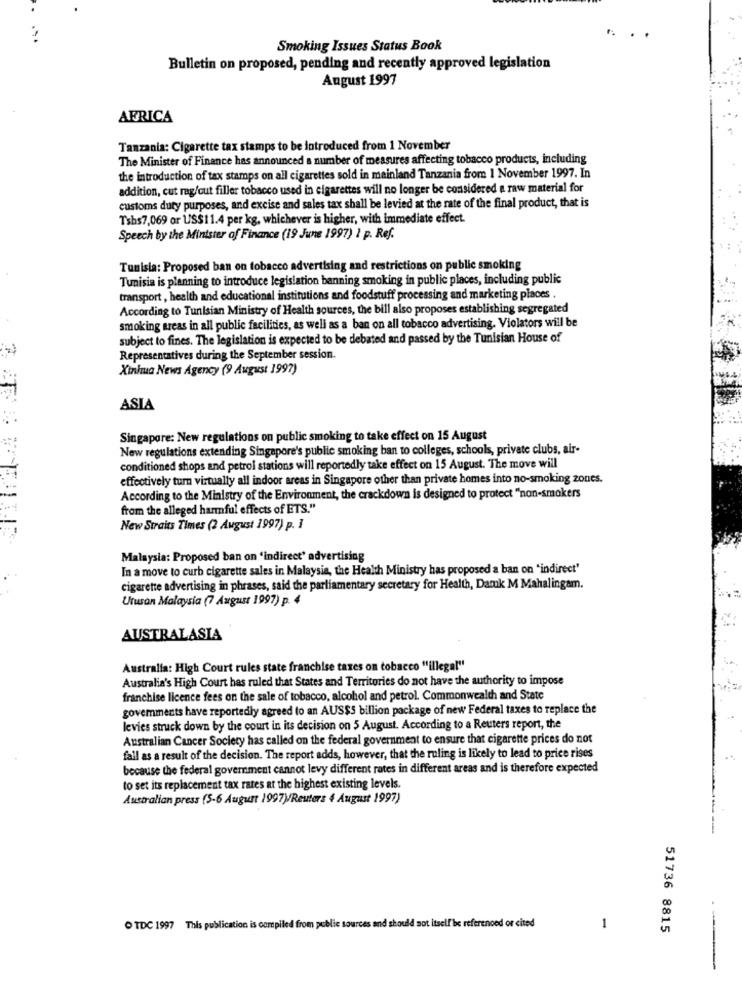
Smoking Issues Status Book
Bulletin on proposed, pending and recently approved legislation
August 1997
AFRICA
Tanzania: Cigarette tax stamps to be introduced from 1 November
The Minister of Finance has announced a number of measures affecting tobacco products, including
the introduction of tax stamps on all cigarettes sold in mainland Tanzania from 1 November 1997. In
addition, cut rag/cut filler tobacco used in cigarettes will no longer be considered a raw material for
customs duty purposes, and excise and sales tax shall be levied at the rate of the final product, that is
Tshs7,069 or US$11.4 per kg, whichever is higher, with immediate effect.
Speech by the Minister of Finance (19 June 1997) I p. Ref.
Tunisia: Proposed ban on tobacco advertising and restrictions on public smoking
Tunisia is planning to introduce legislation banning smoking in public places, including public
transport, health and educational institutions and foodstuff processing and marketing places .
According to Tunisian Ministry of Health sources, the bill also proposes establishing segregated
smoking areas in all public facilities, as well as a ban on all tobacco advertising. Violators will be
subject to fines. The legislation is expected to be debated and passed by the Tunisian House of
Representatives during the September session.
Xinhua News Agency (9 August 1997)
ASIA
Singapore: New regulations on public smoking to take effect on 15 August
New regulations extending Singapore's public smoking ban to colleges, schools, private clubs, air-
conditioned shops and petrol stations will reportedly take effect on 15 August. The move will
effectively turn virtually all indoor areas in Singapore other than private homes into no-smoking zones.
According to the Ministry of the Environment, the crackdown is designed to protect "non-smokers
from the alleged harmful effects of ETS."
New Straits Times (2 August 1997) p. ]
Malaysia: Proposed ban on 'indirect' advertising
In a move to curb cigarette sales in Malaysia, the Health Ministry has proposed a ban on "indirect"
cigarette advertising in phrases, said the parliamentary secretary for Health, Damk M Mahalingam.
Utusan Malaysia (7 August 1997) p. 4
AUSTRALASIA
Australia: High Court rules state franchise taxes on tobacco "illegal"
Australia's High Court has ruled that States and Territories do not have the authority to impose
franchise licence fees on the sale of tobacco, alcohol and petrol. Commonwealth and State
govemments have reportedly agreed to an AUS$5 billion package of new Federal taxes to replace the
levies struck down by the court in its decision on 5 August. According to a Reuters report, the
Australian Cancer Society has called on the federal government to ensure that cigarette prices do not
fall as a result of the decision. The report adds, however, that the ruling is likely to lead to price rises
because the federal government cannot levy different rates in different areas and is therefore expected
to set its replacement tax rates at the highest existing levels.
Australian press (5-6 August 1997)/Reuters 4 August 1997)
TDC 1997 This publication is compiled from publie sources and should not itself be referenced or cited
1
51736 8815
---